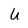
Character: U